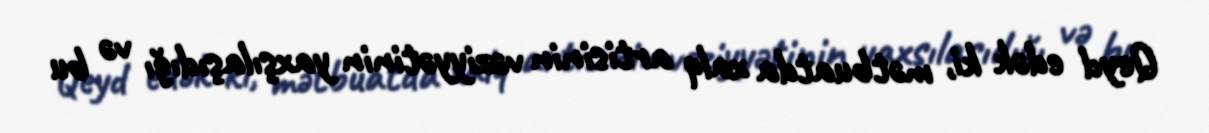
Qeyd edək ki, mətbuatda xalq artisinin vəziyyətinin yaxşılaşıdığı və bu